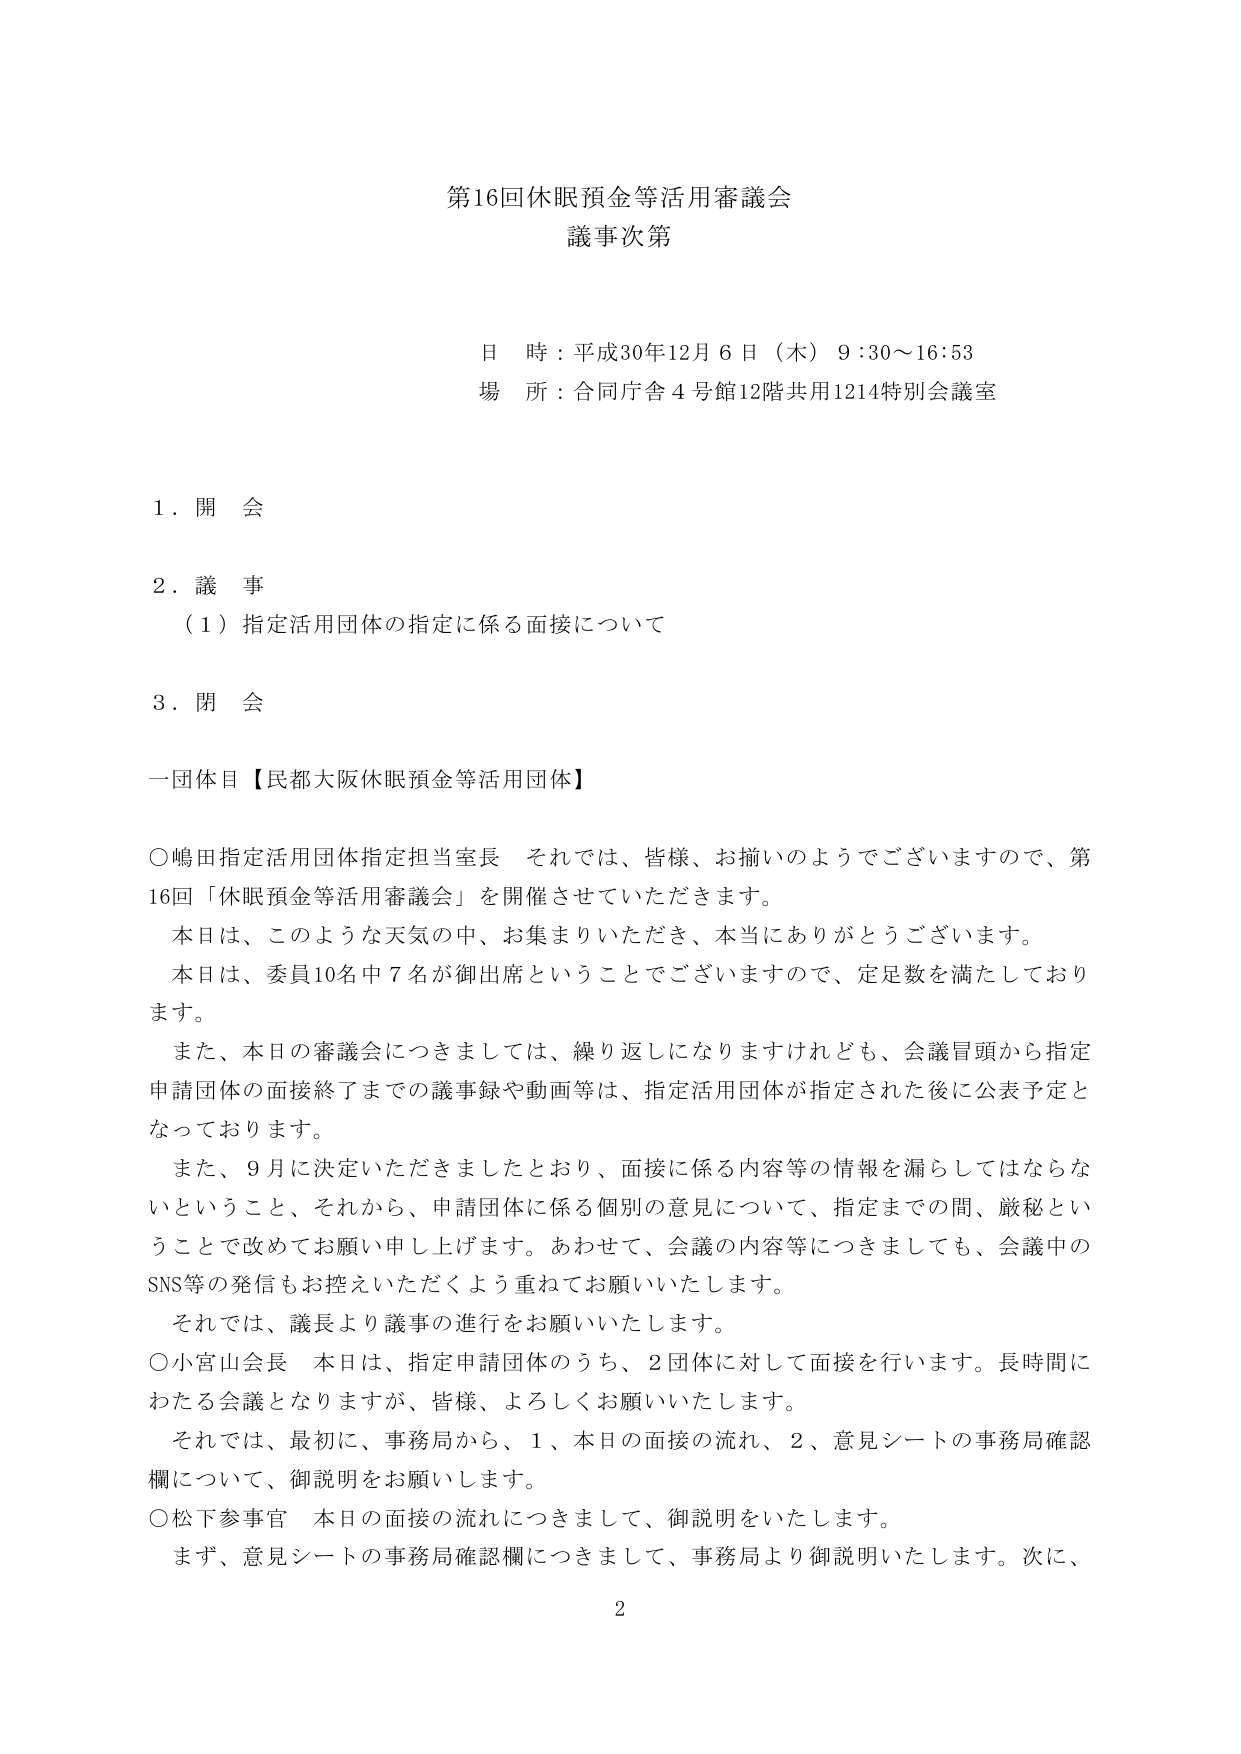
第16回休眠預金等活用審議会
議事次第

日 時：平成30年12月6日（木）9:30～16:53
場 所：合同庁舎4号館12階共用1214特別会議室

1．開 会

2．議 事
（1）指定活用団体の指定に係る面接について

3．閉 会

一団体目【民都大阪休眠預金等活用団体】

○嶋田指定活用団体指定担当室長 それでは、皆様、お揃いのようでございますので、第16回「休眠預金等活用審議会」を開催させていただきます。
本日は、このような天気の中、お集まりいただき、本当にありがとうございます。
本日は、委員10名中7名が御出席ということでございますので、定足数を満たしております。
また、本日の審議会につきましては、繰り返しになりますけれども、会議冒頭から指定申請団体の面接終了までの議事録や動画等は、指定活用団体が指定された後に公表予定となっております。
また、9月に決定いただきましたとおり、面接に係る内容等の情報を漏らしてはならないということ、それから、申請団体に係る個別の意見について、指定までの間、厳秘ということで改めてお願い申し上げます。あわせて、会議の内容等につきましても、会議中のSNS等の発信もお控えいただくよう重ねてお願いいたします。
それでは、議長より議事の進行をお願いいたします。

○小宮山会長 本日は、指定申請団体のうち、2団体に対して面接を行います。長時間にわたる会議となりますが、皆様、よろしくお願いいたします。
それでは、最初に、事務局から、1、本日の面接の流れ、2、意見シートの事務局確認欄について、御説明をお願いします。

○松下参事官 本日の面接の流れにつきまして、御説明をいたします。
まず、意見シートの事務局確認欄につきまして、事務局より御説明いたします。次に、

2